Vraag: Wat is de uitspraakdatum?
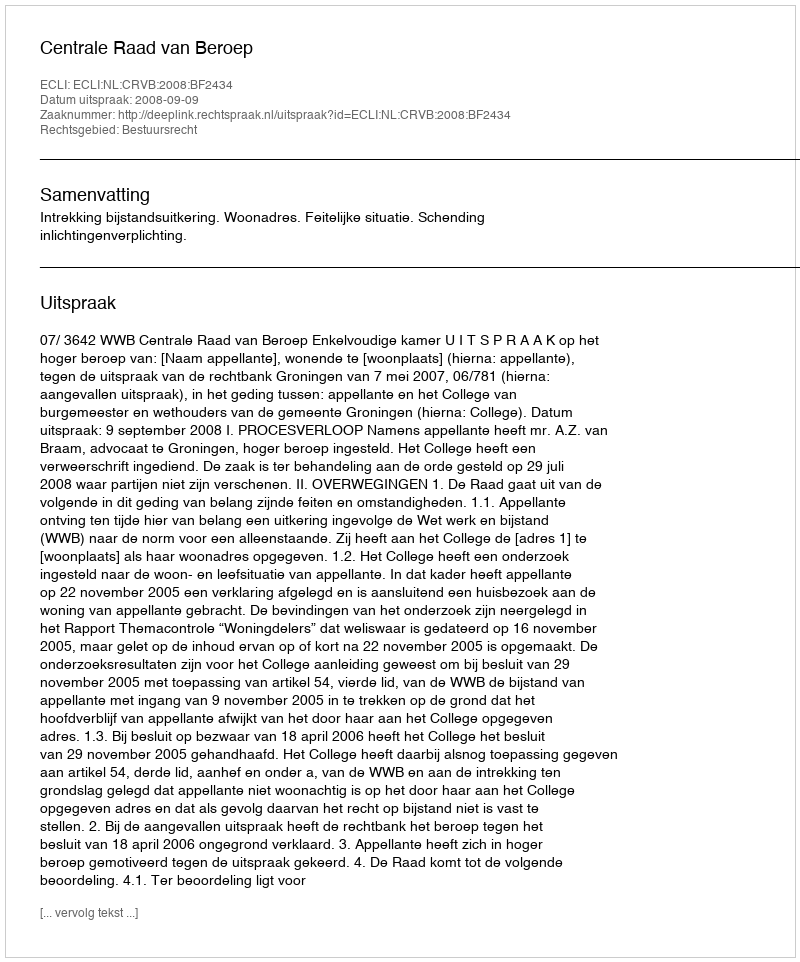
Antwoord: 2008-09-09